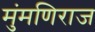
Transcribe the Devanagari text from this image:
मुंमणिराज